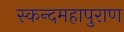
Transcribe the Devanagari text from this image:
स्कन्दमहापुराण